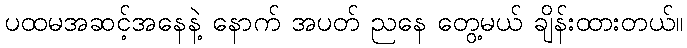
ပထမအဆင့်အနေနဲ့ နောက် အပတ် ညနေ တွေ့မယ် ချိန်းထားတယ်။